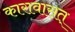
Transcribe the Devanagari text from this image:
कारावासत्